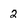
Character: 2